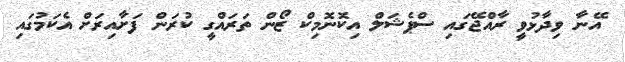
އޭނާ ވިދާޅުވީ ރާއްޖޭގައި ސްޕެޝަލް އިކޮނޮމިކް ޒޯން ތަރައްގީ ކުރަން ފަަށާއިރަށް އެކަމުގައި